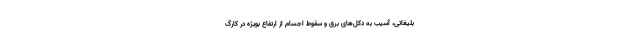
بلیغاتی، آسیب به دکل‌های برق و سقوط اجسام از ارتفاع بویژه در کارگ